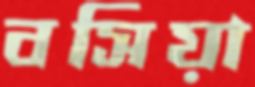
বসিয়া